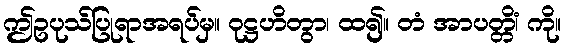
ဤဥပုသ်ပြုရာအရပ်မှ။ ဝုဋ္ဌဟိတွာ၊ ထ၍။ တံ အာပတ္တိံ၊ ကို။